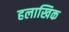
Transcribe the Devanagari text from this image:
हलाखिक